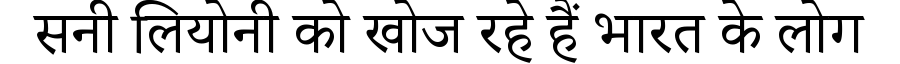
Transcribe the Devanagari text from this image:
सनी लियोनी को खोज रहे हैं भारत के लोग